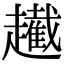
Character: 䟌